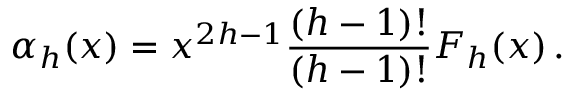
\alpha _ { h } ( x ) = x ^ { 2 h - 1 } { \frac { ( h - 1 ) ! } { ( h - 1 ) ! } } F _ { h } ( x ) \, .